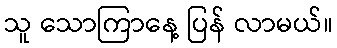
သူ သောကြာနေ့ ပြန် လာမယ်။